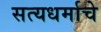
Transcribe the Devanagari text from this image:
सत्यधर्माचे